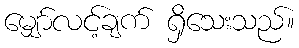
မျှော်လင့်ချက် ရှိသေးသည်။